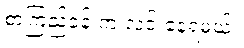
စာကြည့်ခန်းက လင်းနေရမယ်။